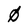
Character: 0